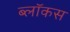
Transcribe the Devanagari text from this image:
ब्लॉकस